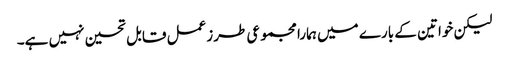
لیکن خواتین کے بارے میں ہمارا مجموعی طرزعمل قابل تحسین نہیں ہے۔